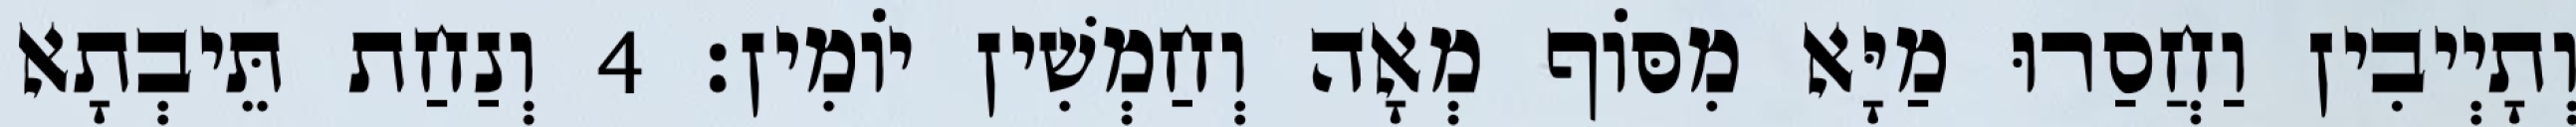
וְתָיְיבִין וַחֲסַרוּ מַיָּא מִסּוֹף מְאָה וְחַמְשִׁין יוֹמִין׃ 4 וְנַחַת תֵּיבְתָא